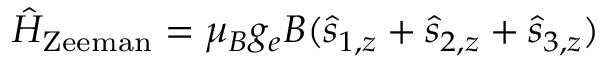
\hat { H } _ { \mathrm { Z e e m a n } } = \mu _ { B } g _ { e } B ( \hat { s } _ { 1 , z } + \hat { s } _ { 2 , z } + \hat { s } _ { 3 , z } )